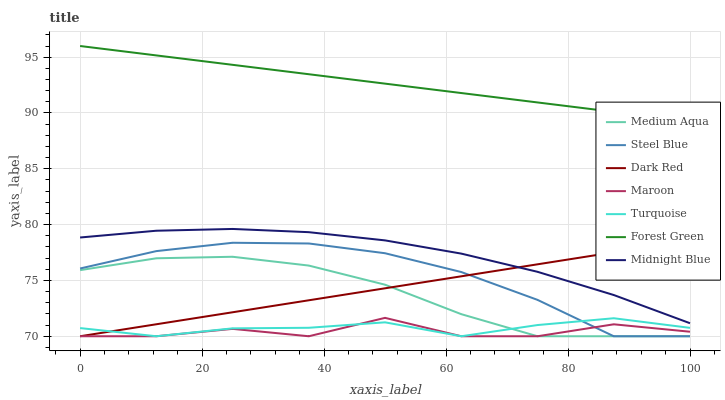
| xaxis_label | Medium Aqua | Steel Blue | Dark Red | Maroon | Turquoise | Forest Green | Midnight Blue |
 | --- | --- | --- | --- | --- | --- | --- | --- |
 | 0 | 75.9 | 76.1 | 70 | 70 | 70.7 | 96 | 78.8 |
 | 12.5 | 77 | 77.6 | 71.1 | 70 | 70 | 95.2 | 79.5 |
 | 25 | 77.1 | 78.4 | 72.1 | 70.7 | 70.7 | 94.3 | 79.6 |
 | 37.5 | 76.3 | 78.3 | 73.2 | 70 | 70.8 | 93.5 | 79.3 |
 | 50 | 74.6 | 77.4 | 74.3 | 71.6 | 71.2 | 92.6 | 78.6 |
 | 62.5 | 72 | 75.8 | 75.4 | 70 | 70 | 91.8 | 77.4 |
 | 75 | 70 | 73.3 | 76.4 | 70 | 71 | 90.9 | 75.8 |
 | 87.5 | 70 | 70 | 77.5 | 71.1 | 71.6 | 90.1 | 73.7 |
 | 100 | 70 | 70 | 78.6 | 70.4 | 70.8 | 89.3 | 71.2 |